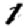
Digit: 1